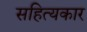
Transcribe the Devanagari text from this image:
सहित्यकार